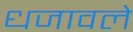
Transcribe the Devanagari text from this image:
धजावले